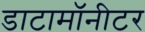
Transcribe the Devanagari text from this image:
डाटामॉनीटर